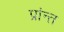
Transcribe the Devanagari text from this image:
प्रांन्त